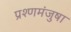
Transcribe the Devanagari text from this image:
प्रश्णमंजुषा